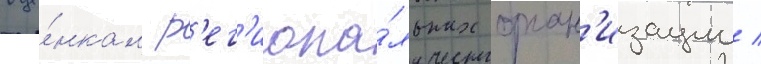
оце́нкам р'ег'иона́льных орган'изации /